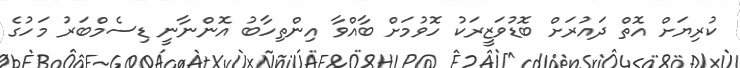
ކުރިޔަށް އޮތް ދައުރަށް ބޮޑުވަޒީރަކު ހޮވުމަށް ބާއްވާ އިންތިހާބު އޮންނާނީ ޑިސެމްބަރު މަހުގެ